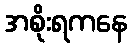
အစိုးရကနေ